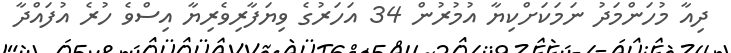
ދިއާ މުހަންމަދު ނަމަކަށްކިޔާ އުމުރުން 34 އަހަރުގެ ވިޔަފާރިވެރިޔާ އިސްވެ ހުރެ އުފައްދާ